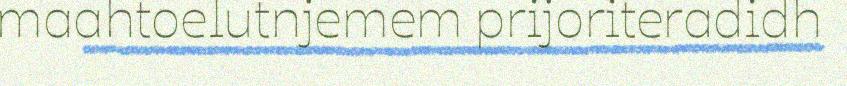
maahtoelutnjemem prijoriteradidh